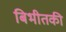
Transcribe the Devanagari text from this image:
बिभीतकी